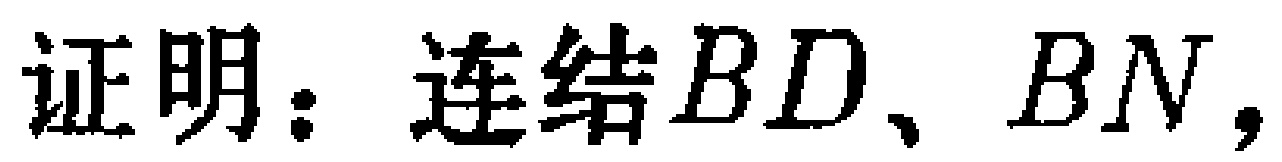
证明：连结\(BD\)、\(BN\)，